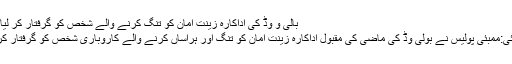
بالی و وڈ کی اداکارہ زینت امان کو تنگ کرنے والے شخص کو گرفتار کر لیا گیا
ممبئی:ممبئی پولیس نے بولی وڈ کی ماضی کی مقبول اداکارہ زینت امان کو تنگ اور ہراساں کرنے والے کاروباری شخص کو گرفتار کرلیا۔